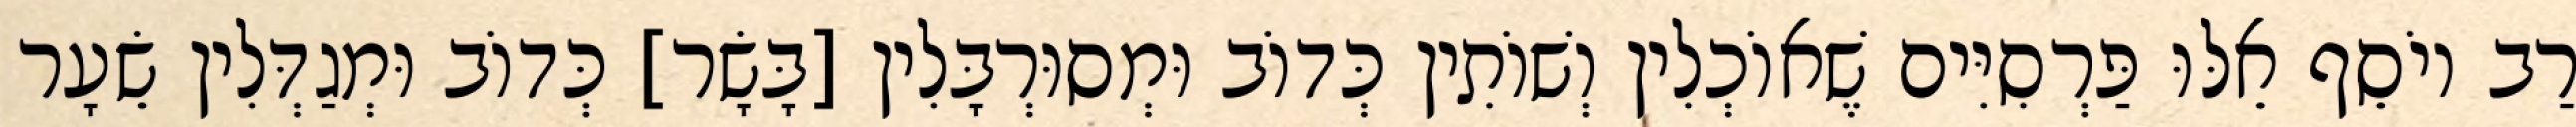
רַב יוֹסֵף אֵלּוּ פַּרְסִיִּים שֶׁאוֹכְלִין וְשׁוֹתִין כְּדוֹב וּמְסוּרְבָּלִין [בָּשָׂר] כְּדוֹב וּמְגַדְּלִין שֵׂעָר